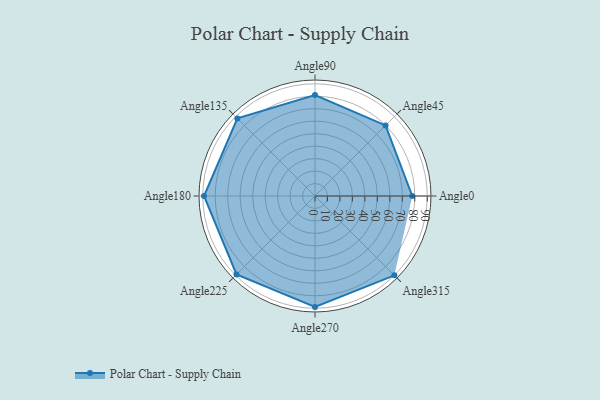
{"axis": {"x": "Angle", "y": "Radius"}, "legend": [""], "data": [{"x": "Angle0", "y": 78.0, "type": ""}, {"x": "Angle45", "y": 80.0, "type": ""}, {"x": "Angle90", "y": 81.0, "type": ""}, {"x": "Angle135", "y": 88.0, "type": ""}, {"x": "Angle180", "y": 89.0, "type": ""}, {"x": "Angle225", "y": 89.0, "type": ""}, {"x": "Angle270", "y": 89.0, "type": ""}, {"x": "Angle315", "y": 90.0, "type": ""}]}